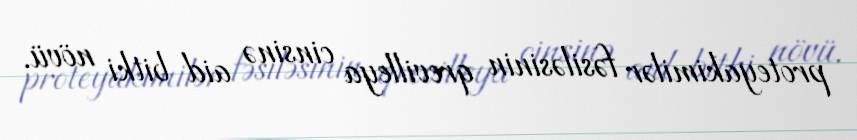
proteyakimilər fəsiləsinin qrevilleya cinsinə aid bitki növü.